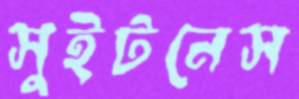
সুইটনেস